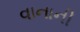
વાનાની